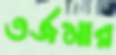
তর্জমার